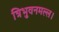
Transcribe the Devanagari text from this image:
त्रिभुवनमल्ल।